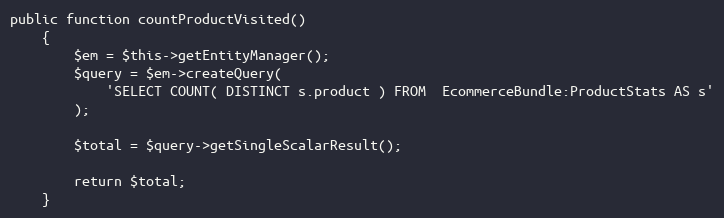
Language: PHP
public function countProductVisited()
    {
        $em = $this->getEntityManager();
        $query = $em->createQuery(
            'SELECT COUNT( DISTINCT s.product ) FROM  EcommerceBundle:ProductStats AS s'
        );

        $total = $query->getSingleScalarResult();

        return $total;
    }